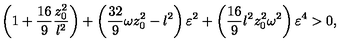
\left( 1 + { \frac { 1 6 } { 9 } } { \frac { z _ { 0 } ^ { 2 } } { l ^ { 2 } } } \right) + \left( { \frac { 3 2 } { 9 } } \omega z _ { 0 } ^ { 2 } - l ^ { 2 } \right) \varepsilon ^ { 2 } + \left( { \frac { 1 6 } { 9 } } l ^ { 2 } z _ { 0 } ^ { 2 } \omega ^ { 2 } \right) \varepsilon ^ { 4 } > 0 ,